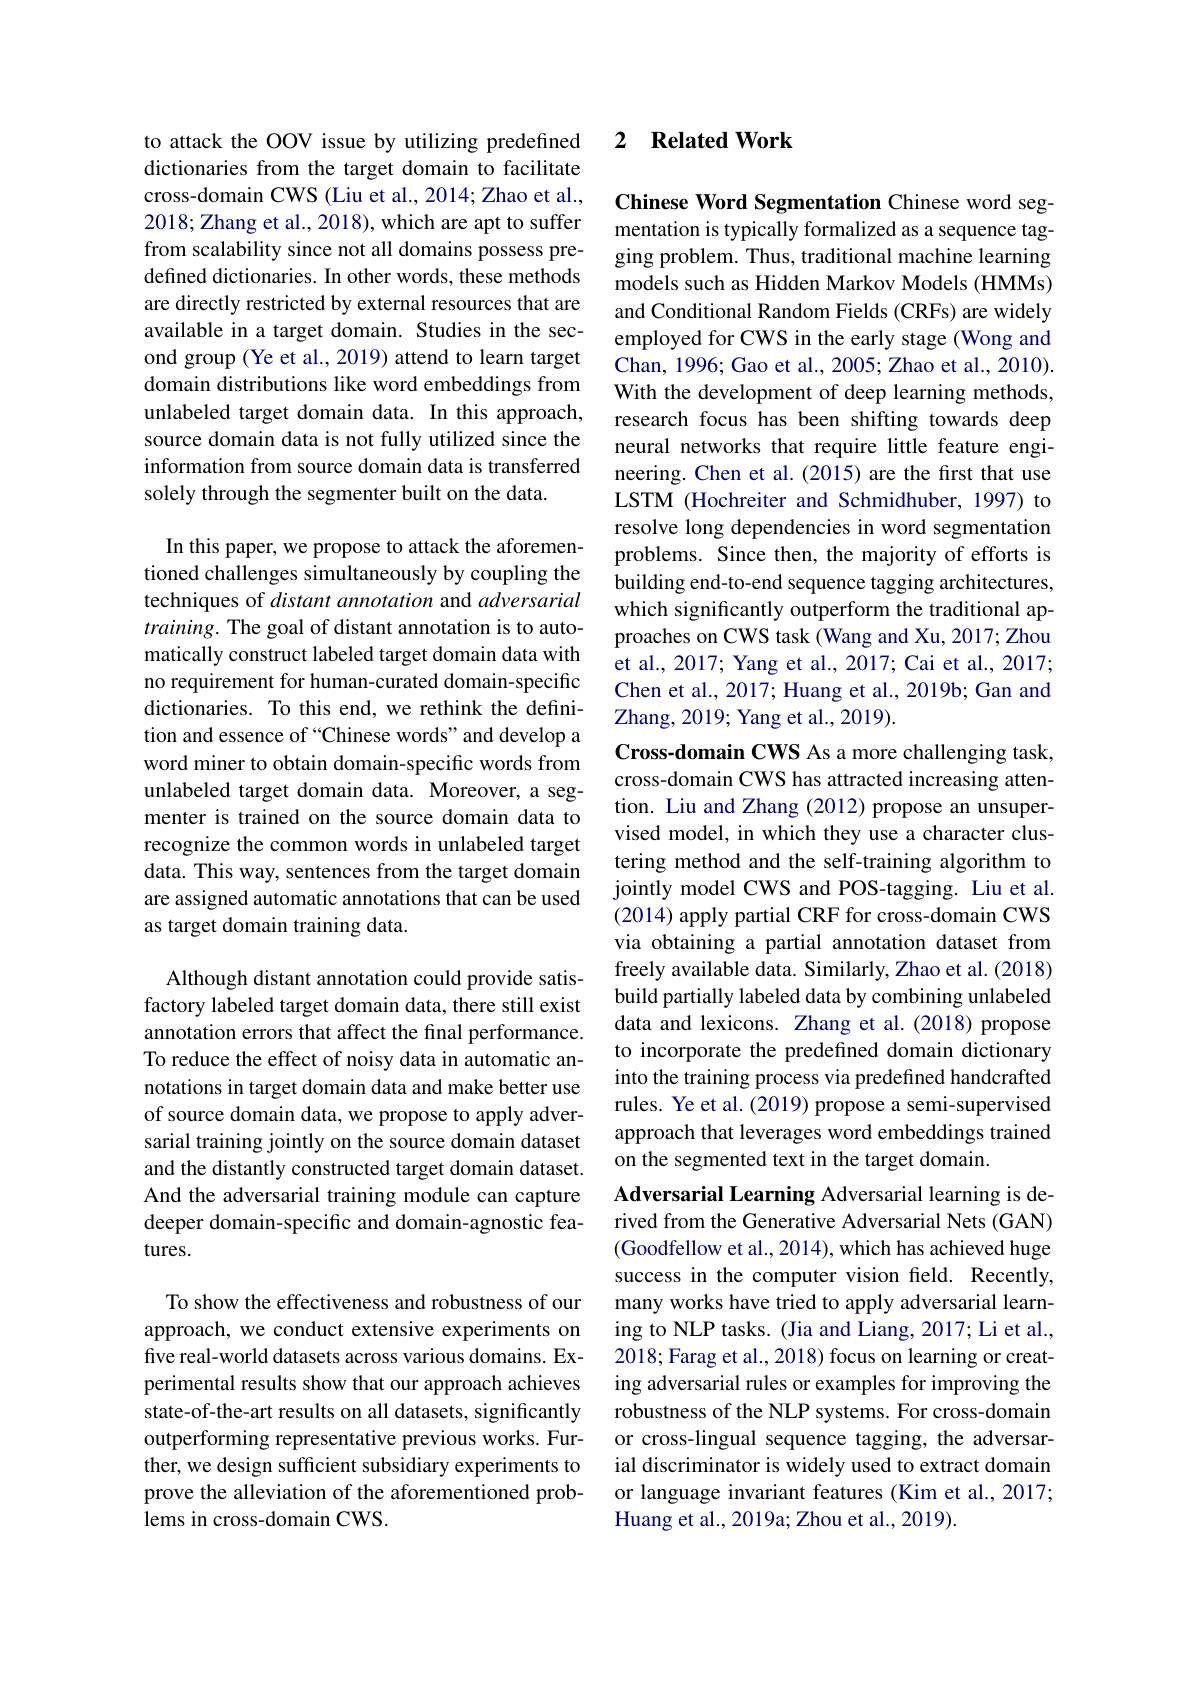
to attack the OOV issue by utilizing predefined dictionaries from the target domain to facilitate cross-domain CWS (Liu et al., 2014; Zhao et al., 2018; Zhang et al., 2018), which are apt to suffer from scalability since not all domains possess predefined dictionaries. In other words, these methods are directly restricted by external resources that are available in a target domain. Studies in the second group (Ye et al., 2019) attend to learn target domain distributions like word embeddings from unlabeled target domain data. In this approach, source domain data is not fully utilized since the information from source domain data is transferred solely through the segmenter built on the data.

In this paper, we propose to attack the aforementioned challenges simultaneously by coupling the techniques of distant annotation and adversarial $training.$ The goal of distant annotation is to automatically construct labeled target domain data with no requirement for human-curated domain-specific dictionaries. To this end, we rethink the definition and essence of “Chinese words” and develop a word miner to obtain domain-specific words from unlabeled target domain data. Moreover, a segmenter is trained on the source domain data to recognize the common words in unlabeled target data. This way, sentences from the target domain are assigned automatic annotations that can be used as target domain training data.

Although distant annotation could provide satisfactory labeled target domain data, there still exist annotation errors that affect the final performance. To reduce the effect of noisy data in automatic annotations in target domain data and make better use of source domain data, we propose to apply adversarial training jointly on the source domain dataset and the distantly constructed target domain dataset. And the adversarial training module can capture deeper domain-specific and domain-agnostic features.

To show the effectiveness and robustness of our approach, we conduct extensive experiments on five real-world datasets across various domains. Experimental results show that our approach achieves state-of-the-art results on all datasets, significantly outperforming representative previous works. Further, we design sufficient subsidiary experiments to prove the alleviation of the aforementioned problems in cross-domain CWS.

### 2 $\textbf{Related Work}$

Chinese Word Segmentation Chinese word seg-

mentation is typically formalized as a sequence tagging problem. Thus, traditional machine learning models such as Hidden Markov Models (HMMs) and Conditional Random Fields (CRFs) are widely employed for CWS in the early stage (Wong and Chan, 1996; Gao et al., 2005; Zhao et al., 2010). With the development of deep learning methods, research focus has been shifting towards deep neural networks that require little feature engineering. Chen et al.(2015) are the first that use LSTM (Hochreiter and Schmidhuber, 1997) to resolve long dependencies in word segmentation problems. Since then, the majority of efforts is building end-to-end sequence tagging architectures, which significantly outperform the traditional approaches on CWS task (Wang and Xu, 2017; Zhou et al., 2017; Yang et al., 2017; Cai et al., 2017; Chen et al., 2017; Huang et al., 2019b; Gan and Zhang, 2019; Yang et al., 2019).
Cross-domain CWS As a more challenging task, cross-domain CWS has attracted increasing attention. Liu and Zhang (2012) propose an unsupervised model, in which they use a character clustering method and the self-training algorithm to jointly model CWS and POS-tagging. Liu et al. (2014) apply partial CRF for cross-domain CWS via obtaining a partial annotation dataset from freely available data. Similarly, Zhao et al. (2018) build partially labeled data by combining unlabeled data and lexicons. Zhang et al.(2018) propose to incorporate the predefined domain dictionary into the training process via predefined handcrafted rules. Ye et al. (2019) propose a semi-supervised approach that leverages word embeddings trained on the segmented text in the target domain.
Adversarial Learning Adversarial learning is derived from the Generative Adversarial Nets (GAN) (Goodfellow et al., 2014), which has achieved huge success in the computer vision field. Recently, many works have tried to apply adversarial learning to NLP tasks. (Jia and Liang, 2017; Li et al., 2018; Farag et al., 2018) focus on learning or creating adversarial rules or examples for improving the robustness of the NLP systems. For cross-domain or cross-lingual sequence tagging, the adversarial discriminator is widely used to extract domain or language invariant features (Kim et al., 2017; Huang et al., 2019a; Zhou et al., 2019).